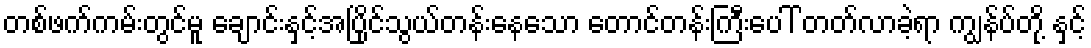
တစ်ဖက်ကမ်းတွင်မူ ချောင်းနှင့်အပြိုင်သွယ်တန်းနေသော တောင်တန်းကြီးပေါ် တတ်လာခဲ့ရာ ကျွန်ပ်တို့ နှင့်